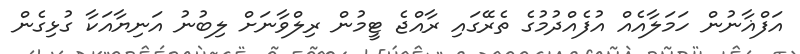
އަފްޣާނުން ހަމަލާއެއް އުފެއްދުމުގެ ތެރޭގައި ރާއްޖެ ޓީމުން ރިލްވާނަށް ލިބުނު އަނިޔާއަކާ ގުޅިގެން